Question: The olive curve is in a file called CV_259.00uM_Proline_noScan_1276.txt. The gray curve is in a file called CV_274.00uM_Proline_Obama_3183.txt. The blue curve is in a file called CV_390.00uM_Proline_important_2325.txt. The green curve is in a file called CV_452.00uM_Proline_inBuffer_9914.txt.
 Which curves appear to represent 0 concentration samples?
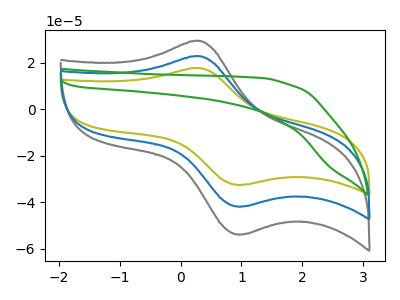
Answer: <think>The olive curve "Proline_259.00uM" has an anodic peak at (0.30V, 17.80uA) and a cathodic peak at (1.00V, -32.45uA). The gray curve "Proline_274.00uM" has an anodic peak at (0.30V, 45.85uA) and a cathodic peak at (1.00V, -83.55uA). The blue curve "Proline_390.00uM" has an anodic peak at (0.30V, 22.90uA) and a cathodic peak at (1.00V, -41.80uA). The green curve "Proline_452.00uM" has no peaks.</think>
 <answer>"Proline_452.00uM" is likely to be a blank.</answer>
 <eval>Proline_452.00uM</eval>